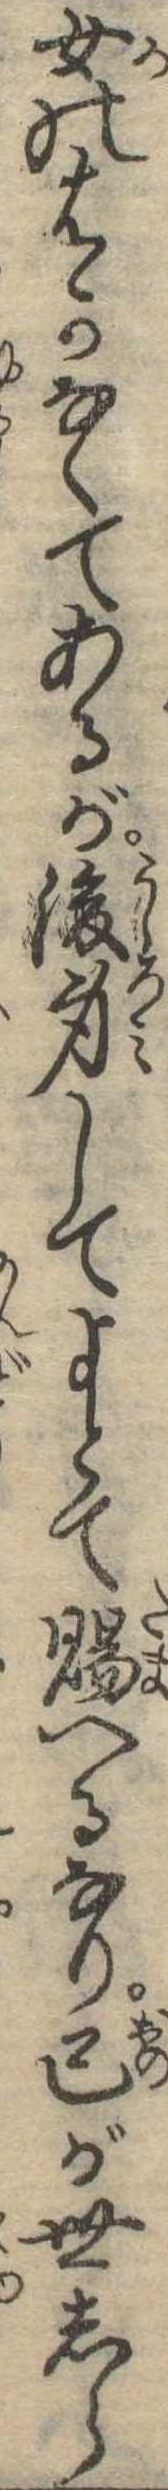
女のはかなくてあるが後身してよとて賜へるなり己が世しら